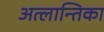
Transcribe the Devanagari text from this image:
अत्लान्तिका